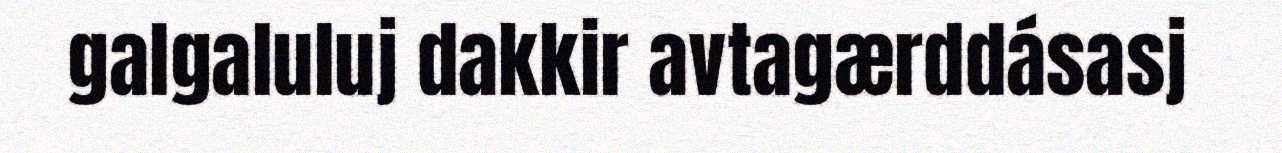
galgaluluj dakkir avtagærddásasj